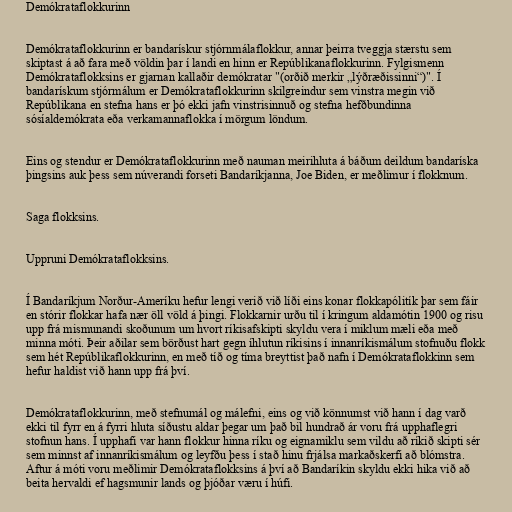
Demókrataflokkurinn

Demókrataflokkurinn er bandarískur stjórnmálaflokkur, annar þeirra tveggja stærstu sem
skiptast á að fara með völdin þar í landi en hinn er Repúblikanaflokkurinn. Fylgismenn
Demókrataflokksins er gjarnan kallaðir demókratar "(orðið merkir „lýðræðissinni“)". Í
bandarískum stjórmálum er Demókrataflokkurinn skilgreindur sem vinstra megin við
Repúblikana en stefna hans er þó ekki jafn vinstrisinnuð og stefna hefðbundinna
sósíaldemókrata eða verkamannaflokka í mörgum löndum.

Eins og stendur er Demókrataflokkurinn með nauman meirihluta á báðum deildum bandaríska
þingsins auk þess sem núverandi forseti Bandaríkjanna, Joe Biden, er meðlimur í flokknum.

Saga flokksins.

Uppruni Demókrataflokksins.

Í Bandaríkjum Norður-Ameríku hefur lengi verið við líði eins konar flokkapólitík þar sem fáir
en stórir flokkar hafa nær öll völd á þingi. Flokkarnir urðu til í kringum aldamótin 1900 og risu
upp frá mismunandi skoðunum um hvort ríkisafskipti skyldu vera í miklum mæli eða með
minna móti. Þeir aðilar sem börðust hart gegn íhlutun ríkisins í innanríkismálum stofnuðu flokk
sem hét Repúblikaflokkurinn, en með tíð og tíma breyttist það nafn í Demókrataflokkinn sem
hefur haldist við hann upp frá því.

Demókrataflokkurinn, með stefnumál og málefni, eins og við könnumst við hann í dag varð
ekki til fyrr en á fyrri hluta síðustu aldar þegar um það bil hundrað ár voru frá upphaflegri
stofnun hans. Í upphafi var hann flokkur hinna ríku og eignamiklu sem vildu að ríkið skipti sér
sem minnst af innanríkismálum og leyfðu þess í stað hinu frjálsa markaðskerfi að blómstra.
Aftur á móti voru meðlimir Demókrataflokksins á því að Bandaríkin skyldu ekki hika við að
beita hervaldi ef hagsmunir lands og þjóðar væru í húfi.